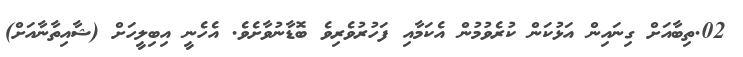
02.ތިބާއަށް ގިނައިން އަޅުކަން ކުރެވުމުން އެކަމާއި ފަހުރުވެރިވެ ބޮޑާނުވާށެވެ. އެހެނީ އިބިލީހަށް (ޝާއިތާނާއަށް)